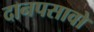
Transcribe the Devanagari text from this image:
दानपसावो